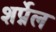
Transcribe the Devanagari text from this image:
शर्प्नेल